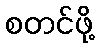
စတင်ဖို့